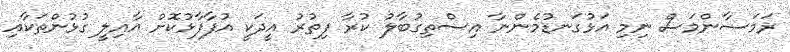
ރަމަޟާންމަސް ނިމި އަޅުގަނޑުމެންނާ އިސްތިގުބާލު ކުރާ ފިތުރު އީދަކީ އުފާފާޅުކޮށް އާއިލީ ގުޅުންތަކާއި